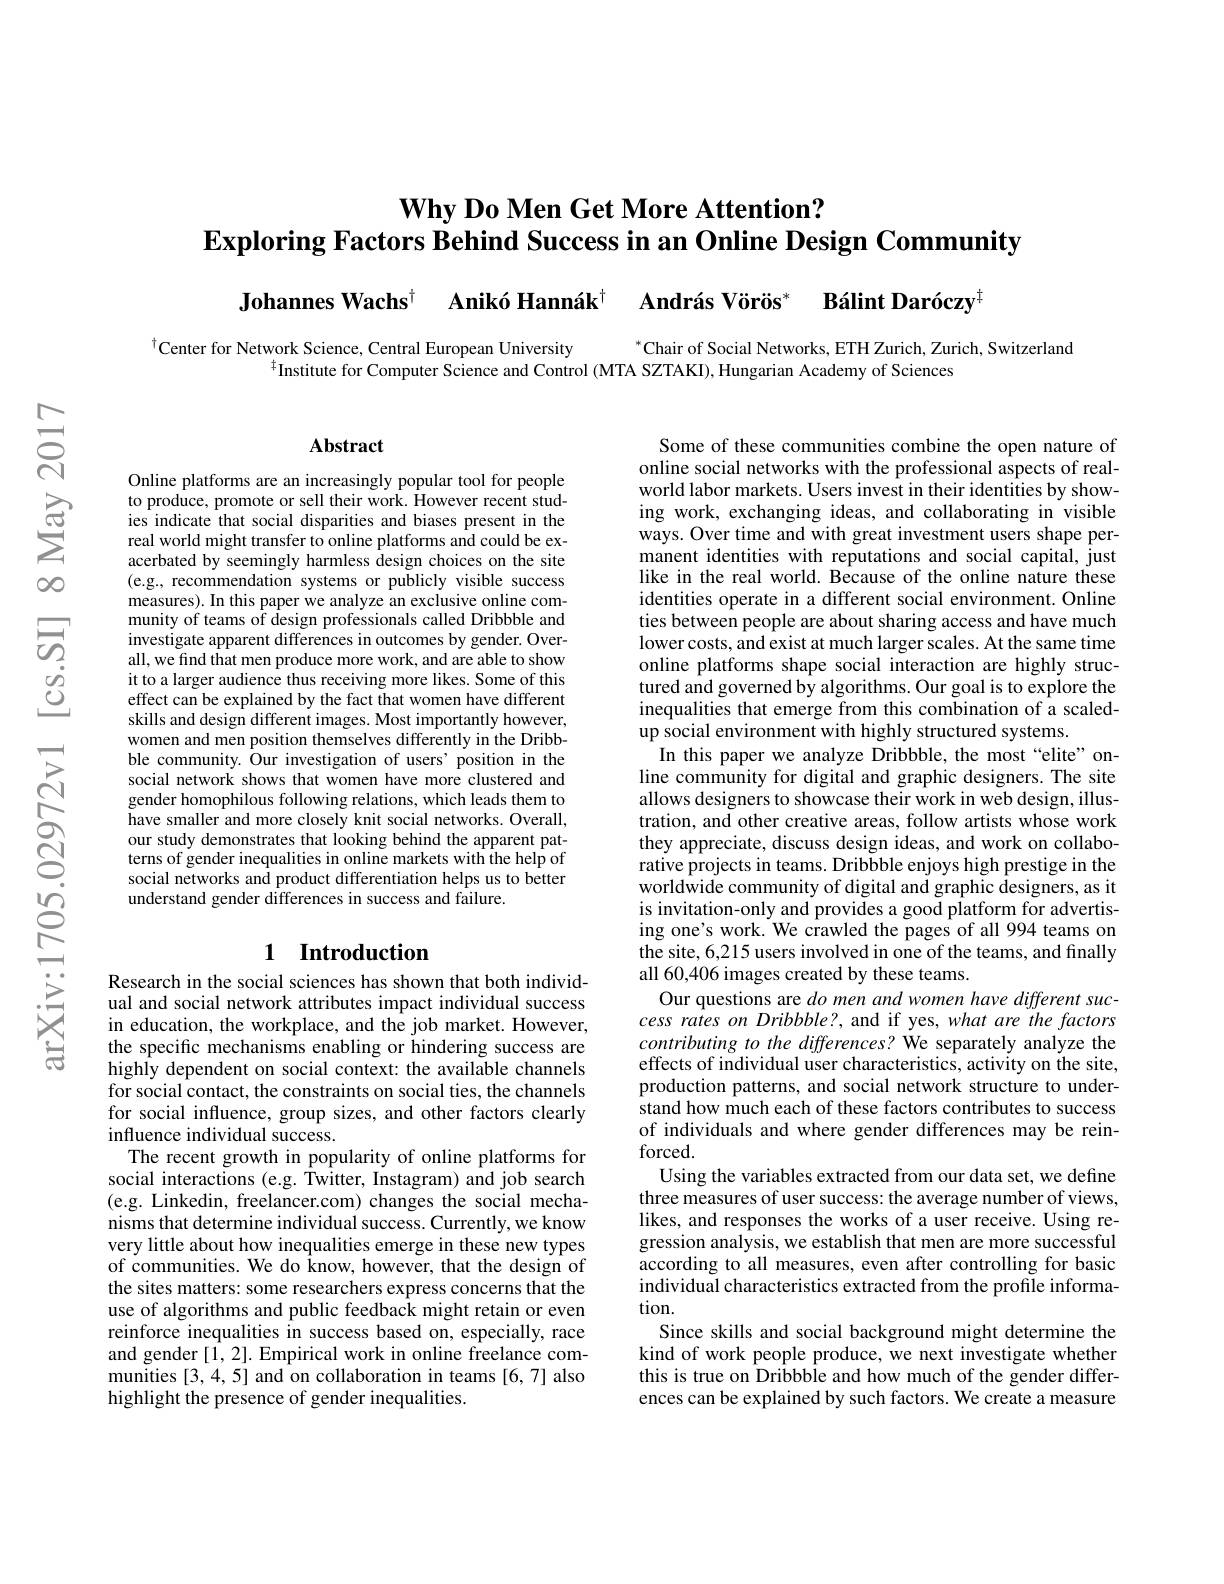
# $\textbf{Why Do Men Get More Attention? }$ Exploring Factors Behind Success in an Online Design Community

András Vörös$^*$ $\text{B\'{a} lint Dar\'{o} czy}^{[ \mathrm{o} ] }$

Johannes Wachs$^{\dagger}$ Anikó Hannák$^{\dagger}$

$^{*}$Chair of Social Networks, ETH Zurich, Zurich, Switzerland

$^{\dagger}$Center for Network Science, Central European University

$^{\ddagger}$Institute for Computer Science and Control (MTA SZTAKI), Hungarian Academy of Sciences

### Abstract

Online platforms are an increasingly popular tool for people to produce, promote or sell their work. However recent studies indicate that social disparities and biases present in the real world might transfer to online platforms and could be exacerbated by seemingly harmless design choices on the site (e.g., recommendation systems or publicly visible success measures). In this paper we analyze an exclusive online community of teams of design professionals called Dribbble and investigate apparent differences in outcomes by gender. Overall, we find that men produce more work, and are able to show it to a larger audience thus receiving more likes. Some of this effect can be explained by the fact that women have different skills and design different images. Most importantly however, women and men position themselves differently in the Dribbble community. Our investigation of users' position in the social network shows that women have more clustered and gender homophilous following relations, which leads them to have smaller and more closely knit social networks. Overall, our study demonstrates that looking behind the apparent patterns of gender inequalities in online markets with the help of social networks and product differentiation helps us to better understand gender differences in success and failure.

### 1 Introduction

Research in the social sciences has shown that both individual and social network attributes impact individual success in education, the workplace, and the job market. However, the specific mechanisms enabling or hindering success are highly dependent on social context: the available channels for social contact, the constraints on social ties, the channels for social influence, group sizes, and other factors clearly influence individual success.
The recent growth in popularity of online platforms for social interactions (e.g. Twitter, Instagram) and job search (e.g. Linkedin, freelancer.com) changes the social mechanisms that determine individual success. Currently, we know very little about how inequalities emerge in these new types of communities. We do know, however, that the design of the sites matters: some researchers express concerns that the use of algorithms and public feedback might retain or even reinforce inequalities in success based on, especially, race and gender [1,2]. Empirical work in online freelance communities [3,4,5] and on collaboration in teams [6,7] also highlight the presence of gender inequalities.

Some of these communities combine the open nature of online social networks with the professional aspects of realworld labor markets. Users invest in their identities by showing work, exchanging ideas, and collaborating in visible ways. Over time and with great investment users shape permanent identities with reputations and social capital, just like in the real world. Because of the online nature these identities operate in a different social environment. Online ties between people are about sharing access and have much lower costs, and exist at much larger scales. At the same time online platforms shape social interaction are highly structured and governed by algorithms. Our goal is to explore the inequalities that emerge from this combination of a scaledup social environment with highly structured systems.
In this paper we analyze Dribbble, the most “elite” online community for digital and graphic designers. The site allows designers to showcase their work in web design, illustration, and other creative areas, follow artists whose work they appreciate, discuss design ideas, and work on collaborative projects in teams. Dribbble enjoys high prestige in the worldwide community of digital and graphic designers, as it is invitation-only and provides a good platform for advertising one's work. We crawled the pages of all 994 teams on the site, 6,215 users involved in one of the teams, and finally all 60,406 images created by these teams.
Our questions are do men and women have different success rates on Dribbble?, and if yes, what are the factors contributing to the differences? We separately analyze the effects of individual user characteristics, activity on the site, production patterns, and social network structure to understand how much each of these factors contributes to success of individuals and where gender differences may be reinforced.
Using the variables extracted from our data set, we define three measures of user success: the average number of views, likes, and responses the works of a user receive. Using regression analysis, we establish that men are more successful according to all measures, even after controlling for basic individual characteristics extracted from the profile information.
Since skills and social background might determine the kind of work people produce, we next investigate whether this is true on Dribbble and how much of the gender differences can be explained by such factors. We create a measure